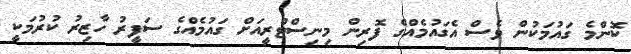
ކޮންމެ ގައުމަކުން ވެސް އެގައުމެއްގެ ފޮރިން މިނިސްޓްރީއަށް ގައުމެއްގެ ސަފީރު ހާޒިރު ކުރުމަކީ